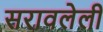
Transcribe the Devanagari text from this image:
सरावलेली